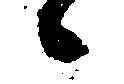
候